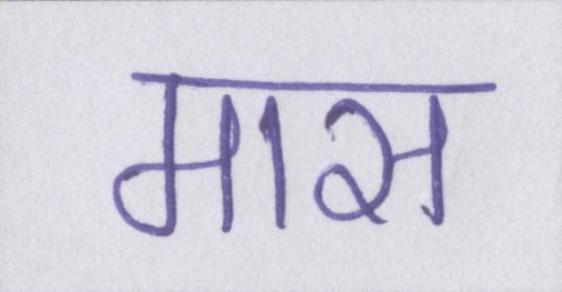
मास